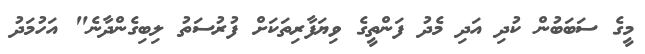
މީގެ ސަބަބުން ކުދި އަދި މެދު ފަންތީގެ ވިޔަފާރިތަކަށް ފުރުސަތު ލިބިގެންދާނެ" އަހުމަދު